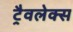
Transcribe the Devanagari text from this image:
ट्रैवलेक्स